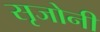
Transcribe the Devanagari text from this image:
सृजोनी